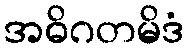
အဓိဂတမိဒံ